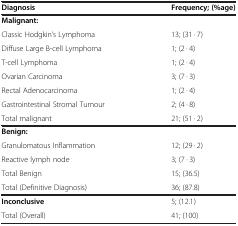
| Diagnosis | Frequency; (%age) |
 | --- | --- |
 | Malignant: |  |
 | Classic Hodgkin’s Lymphoma | 13; (31 · 7) |
 | Diffuse Large B-cell Lymphoma | 1; (2 · 4) |
 | T-cell Lymphoma | 1; (2 · 4) |
 | Ovarian Carcinoma | 3; (7 · 3) |
 | Rectal Adenocarcinoma | 1; (2 · 4) |
 | Gastrointestinal Stromal Tumour | 2; (4 · 8) |
 | Total malignant | 21; (51 · 2) |
 | Benign: |  |
 | Granulomatous Inflammation | 12; (29 · 2) |
 | Reactive lymph node | 3; (7 · 3) |
 | Total Benign | 15; (36.5) |
 | Total (Definitive Diagnosis) | 36; (87.8) |
 | Inconclusive | 5; (12.1) |
 | Total (Overall) | 41; (100) |